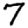
Digit: 7